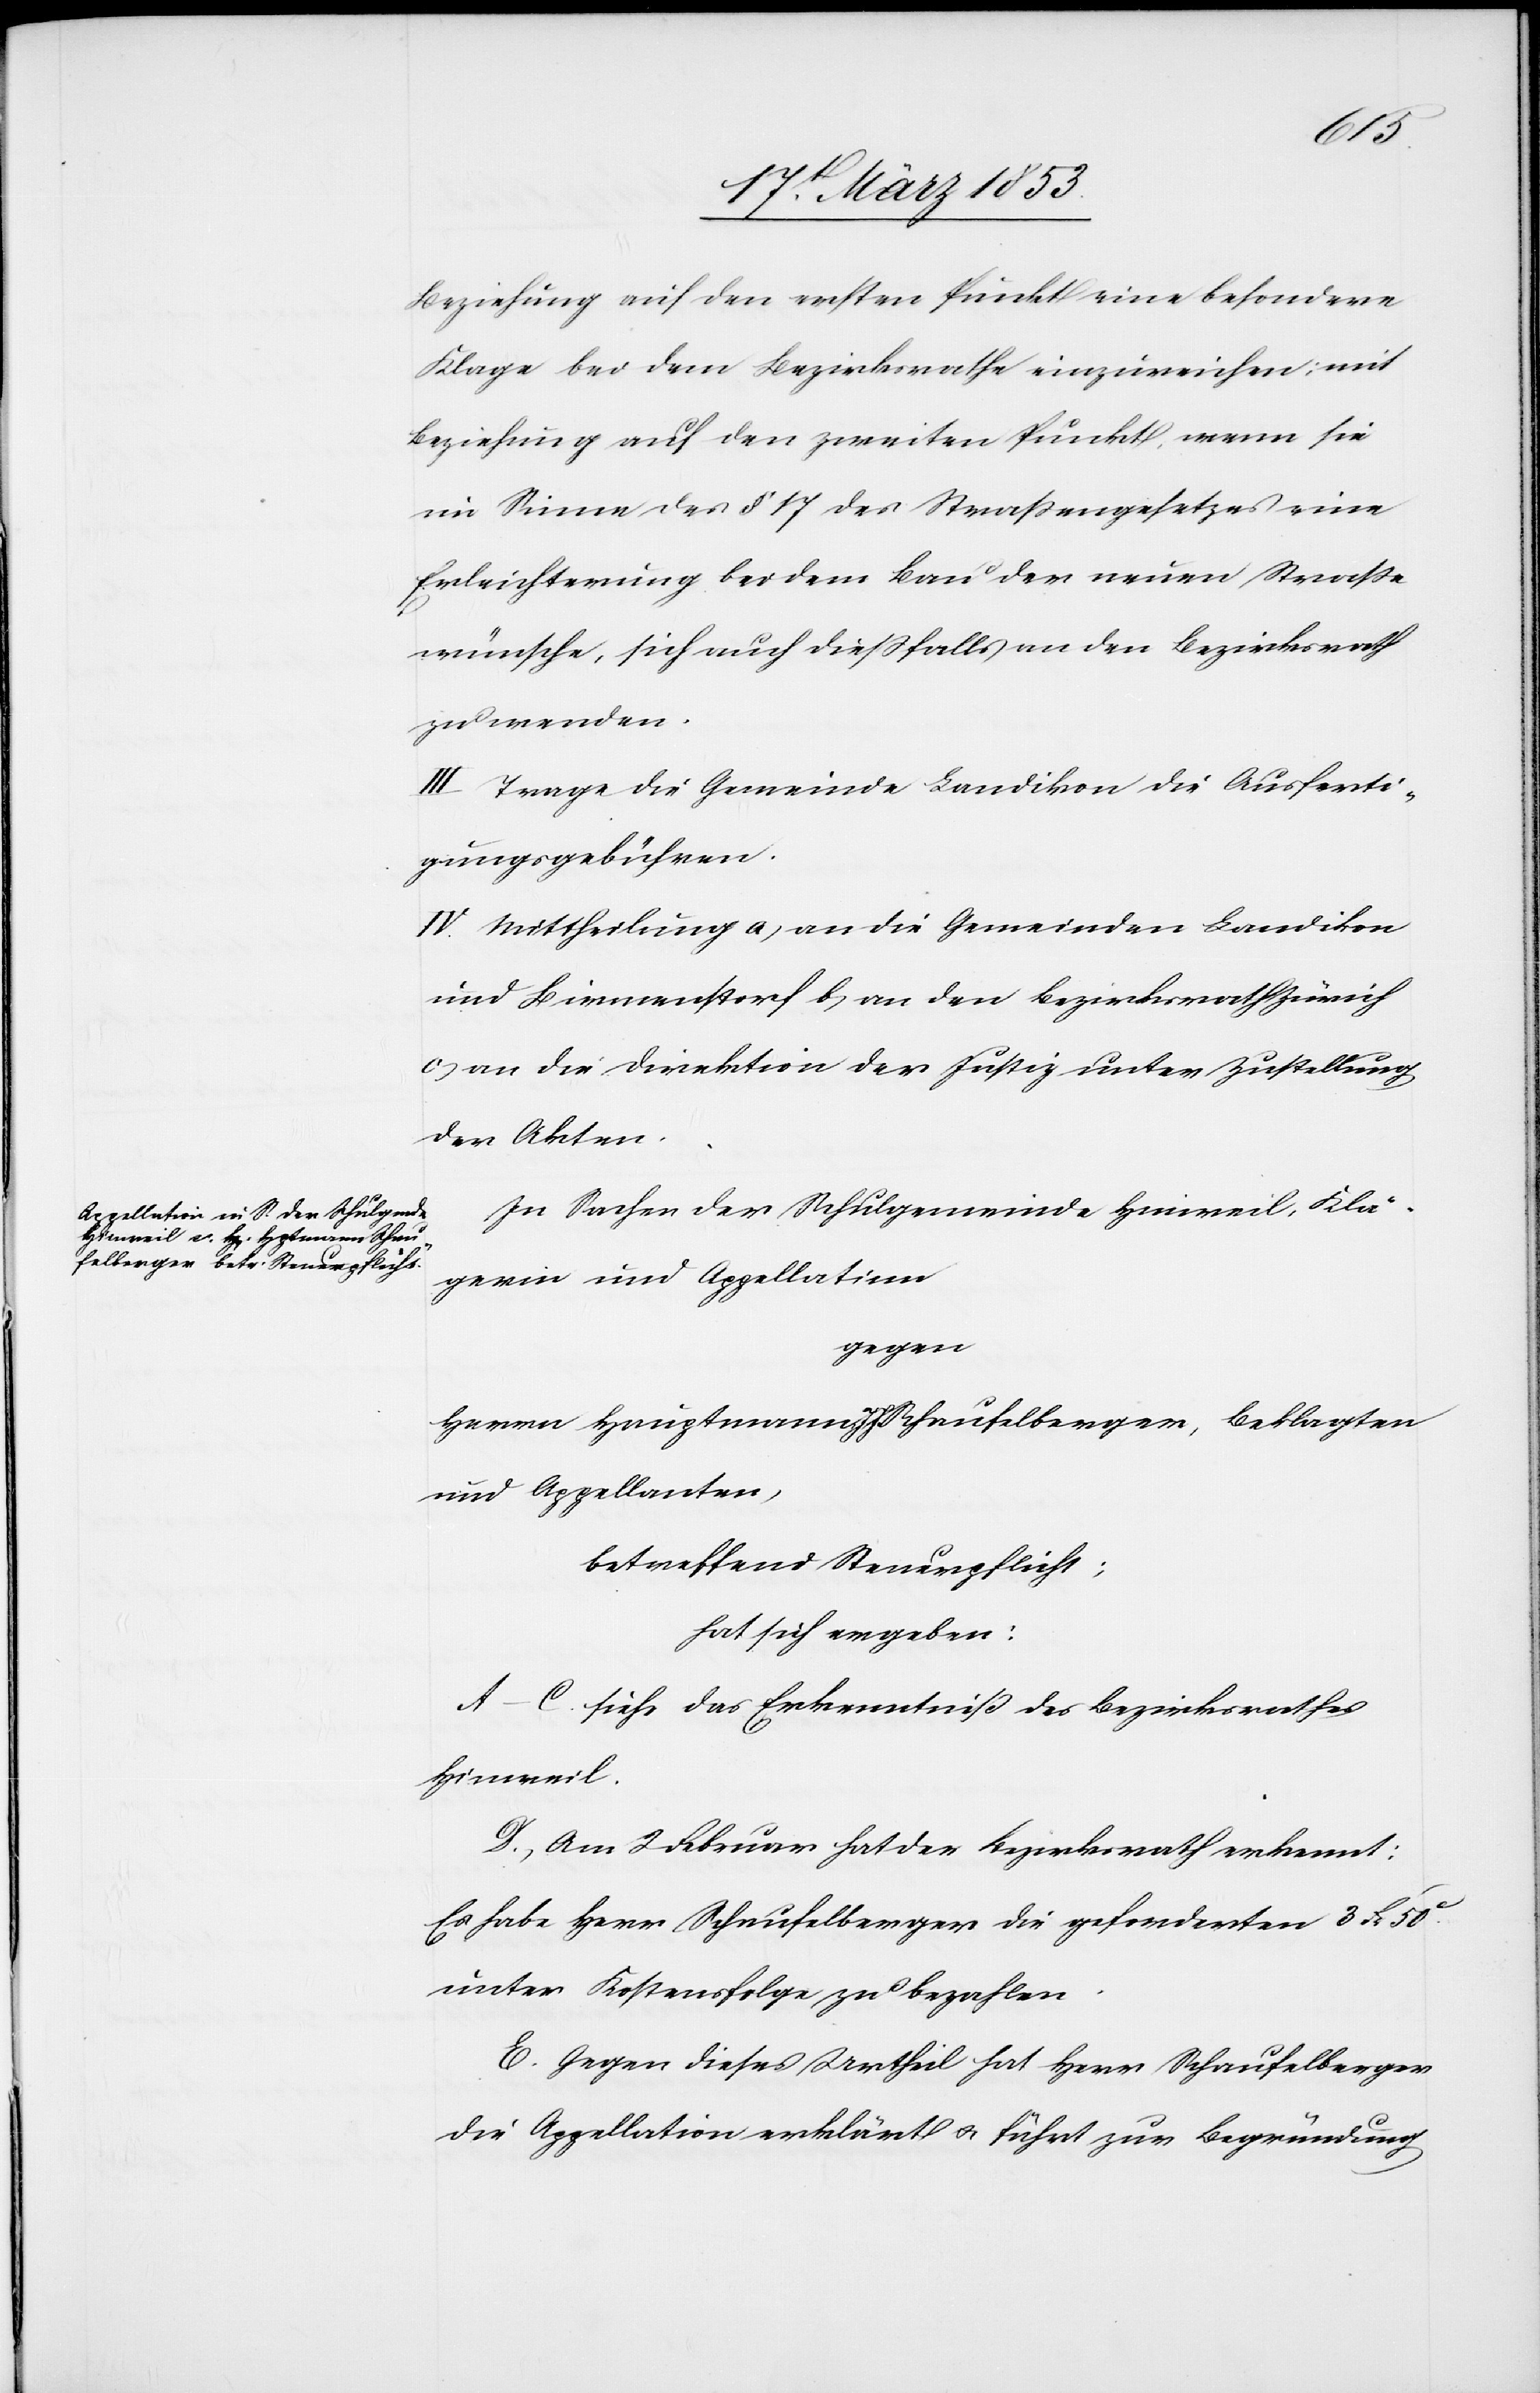
Beziehung auf den ersten Punkt eine besondere
Klage bei dem Bezirksrathe einzureichen; mit
Beziehung auf den zweiten Punkt, wenn sie
im Sinne des § 17 des Straßengesetzes eine
Erleichterung bei dem Bau der neuen Straße
wünsche, sich auch dießfalls an den Bezirksrath
zu wenden.
III. Trage die Gemeinde Landikon die Ausferti¬
gungsgebühren.
IV. Mittheilung a, an die Gemeinden Landikon
und Birmenstorf b, an den Bezirksrath Zürich
c, an die Direktion der Justiz unter Zustellung
der Akten.
In Sachen der Schulgemeinde Hinweil, Klä¬
gerin und Appellatinn
gegen
Herrn Hauptmann J. J. Schaufelberger, Beklagten
und Appellanten,
betreffend Steuerpflicht;
hat sich ergeben:
A.–C. siehe das Erkenntniß des Bezirksrathes
Hinweil.
D., Am 2 Februar hat der Bezirksrath erkennt:
Es habe Herr Schaufelberger die geforderten 3 Fr. 50
unter Kostenfolge zu bezahlen.
E. Gegen dieses Urtheil hat Herr Schaufelberger
die Appellation erklärt u. führt zur Begründung